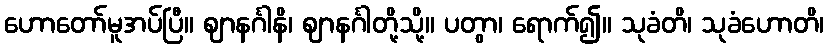
ဟောတော်မူအပ်ပြီ။ ဈာနင်္ဂါနိ၊ ဈာနင်္ဂါတို့သို့။ ပတွာ၊ ရောက်၍။ သုခံတိ၊ သုခံဟောတိ၊